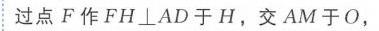
过点 \(F\) 作 \(FH\perp AD\) 于 \(H\)，交 \(AM\) 于 \(O\)，